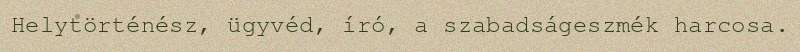
Helytörténész, ügyvéd, író, a szabadságeszmék harcosa.